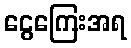
ငွေကြေးအရ